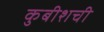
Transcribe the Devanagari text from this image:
कुबीशची